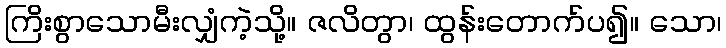
ကြိးစွာသောမီးလျှံကဲ့သို့။ ဇလိတွာ၊ ထွန်းတောက်ပ၍။ သော၊